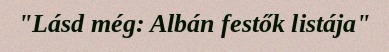
"Lásd még: Albán festők listája"